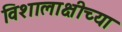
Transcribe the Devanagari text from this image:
विशालाक्षीच्या